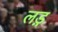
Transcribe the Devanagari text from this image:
लड़़